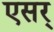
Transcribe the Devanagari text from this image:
एसर्